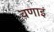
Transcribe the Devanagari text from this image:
वणाइं